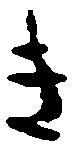
き